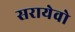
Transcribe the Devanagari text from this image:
सरायेवो